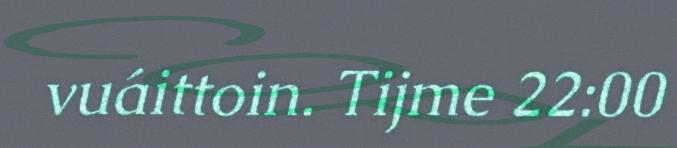
vuáittoin. Tijme 22:00